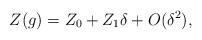
LaTeX: \begin{align*}Z(g) = Z_0 + Z_1 \delta + O(\delta^2),\end{align*}